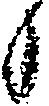
候